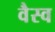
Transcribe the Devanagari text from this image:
वैस्‍व